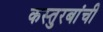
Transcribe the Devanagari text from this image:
कस्तुरबांची